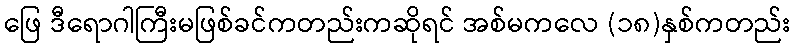
ဖြေ ဒီရောဂါကြီးမဖြစ်ခင်ကတည်းကဆိုရင် အစ်မကလေ (၁၈)နှစ်ကတည်း